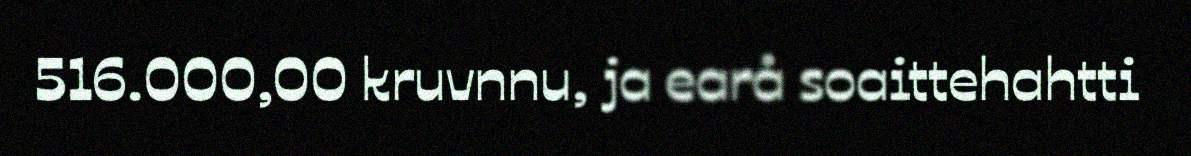
516.000,00 kruvnnu, ja earå soaittehahtti